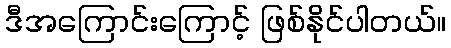
ဒီအကြောင်းကြောင့် ဖြစ်နိုင်ပါတယ်။